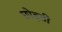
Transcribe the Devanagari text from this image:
छोड़तीं